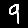
Digit: 9